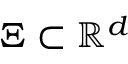
\Xi \subset \mathbb { R } ^ { d }